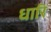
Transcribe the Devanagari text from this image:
धारि